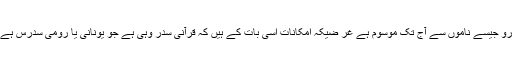
سدرس یا سدرو جیسے ناموں سے آج تک موسوم ہے غر ضیکہ امکانات اسی بات کے ہیں کہ قرآنی سدر وہی ہے جو یونانی یا رومی سدرس ہے یعنی الارز ۔